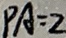
P A = 2